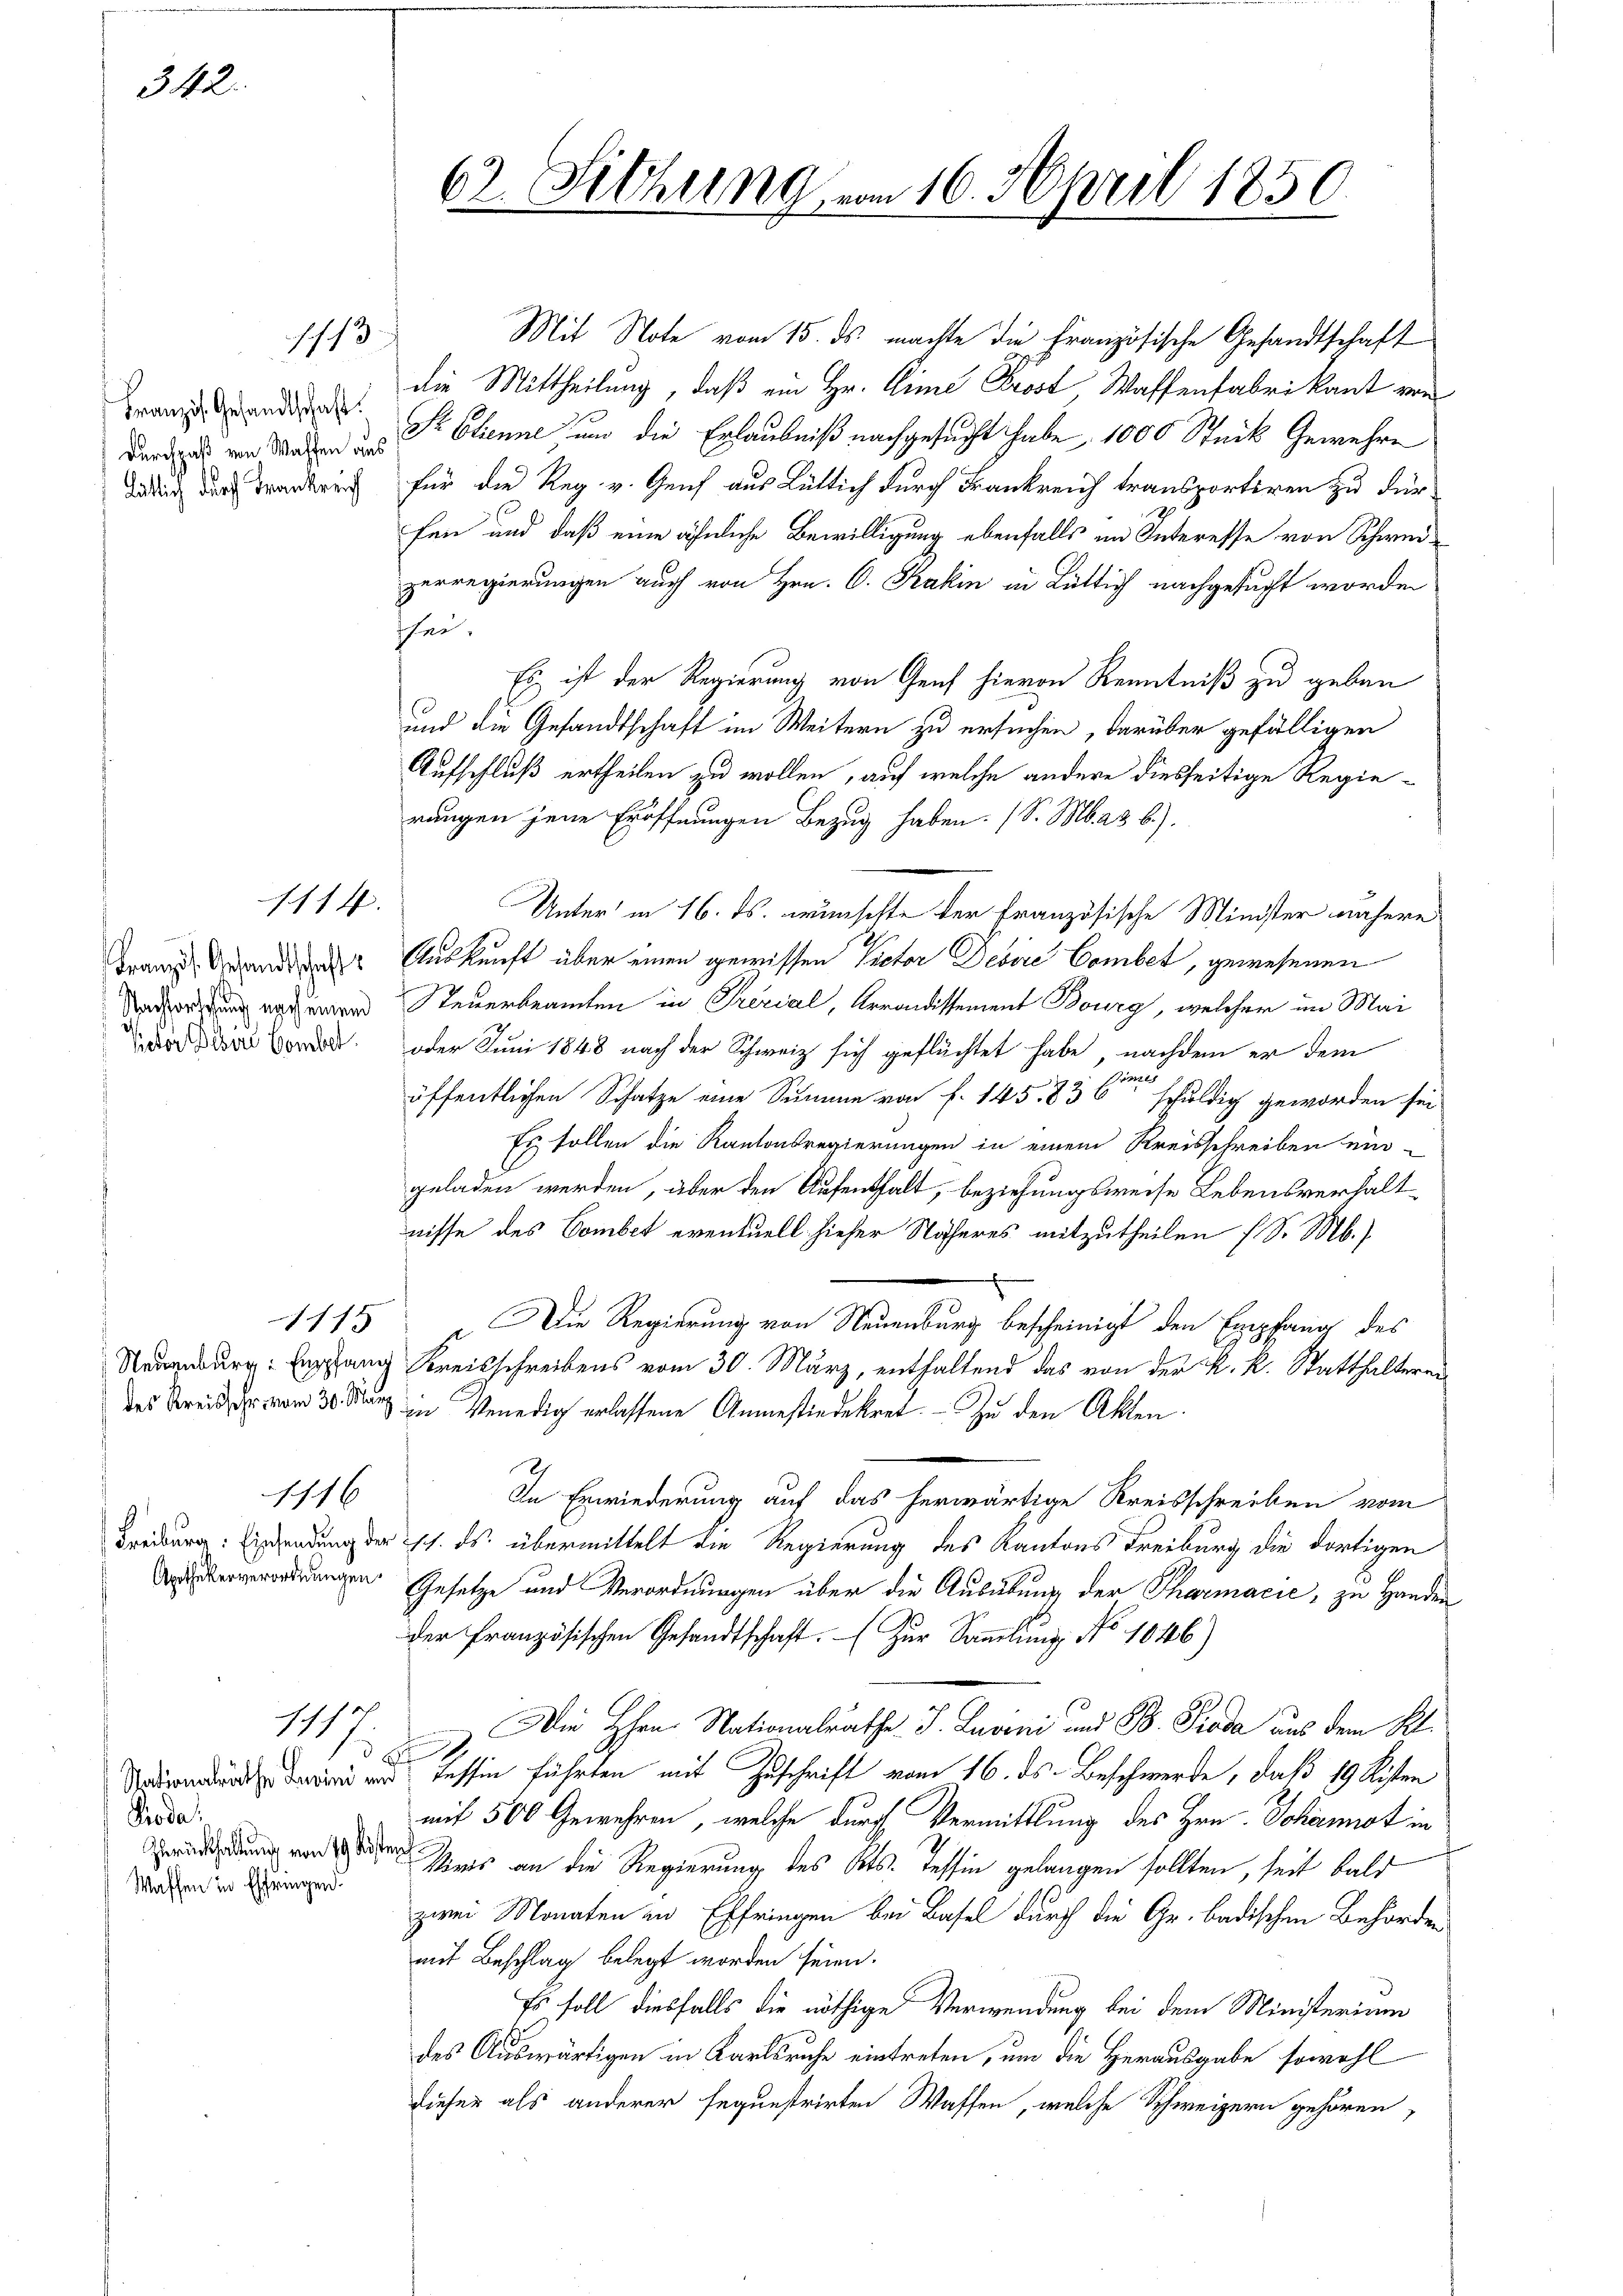
342.

Französ. Gesandtschaft.
hätlich durch Frankreich

1114.

Französ. Gesandtschafts
Victor Bibire bomber.

ch 1/3.

1115

16

1117.
Pioda.
Wassen in Effringen.

62. Sitzung vom 16. April 1850.

Mit Note vom 15. ds. machte die Französische Gesandtschaft
die Mittheilung, daß ein Hr. Aine Prost, Waffenfabrikant von
dardus von Walten des Sr. Etienne und die Erlaubniß nachgesucht habe, 1000 Stück Gewehre
für die Reg. v. Genf aus Lütlich durch Frankreich transportiren zu dür
fen und daß eine ähnliche Bewilligung ebenfalls im Interesse von Schweizerregierungen auch von Hrn. C. Kakin in Büttig nachgesucht worden
sher
Es ist der Regierung von Genf hievon Kenntniß zu geben
und die Gesandtschaft im Weitern zu ersuchen, darüber gefälligen
Aufschluß ertheilen zu wollen, auf welche andere diesseitige Regierungen jene Eröffnungen Bezug haben. (S. M. 23. b.).
Unter in 16. ds. wünschte der französische Minister nähere
Auskunft über einen gewissen Victor Desire Combet, gewesenen
Sacherung erthener Steuerbeamten in Serial, Arrondissement Bourg, welcher im Mai
oder Juni 1848 nach der Schweiz sich geflüchtet habe, nachdem er dem
2
öffentlichen Schatze eine Summe von f. 145. 836 schuldig geworden sei
Es sollen die Kantonsregierungen in einem Kreisschreiben ein-
geladen werden, über den Aufenthalt, beziehungsweise Lebensverhalt
nisse des Combet eventuell hieher Näheres mitzutheilen (S. Mb.)
Die Regierung von Neuenburg bescheinigt den Empfang des
Neuenburg: Empfang Kreisschreibens vom 30. März, enthaltend das von der k. k. Statthaltereides Kreisschr. vom 30. März in Venedig erlassene Anmestindekret. Zu den Akten
In Erwiederung auf das herwärtige Kreisschreiben vom
Freiburg: Einsendung der sch. ds. übermittelt die Regierung des Kantons Freiburg die dortigen
erverordnungen Gesetze und Verordnungen über die Ausübung der Tharmačić, zu Handen
der Französischen Gesandtschaft. Zur Sammlung No 1046)
Die Hrn. Nationalrathe P. Luvini und B. Pioda aus dem Kl.
b
 essin führten mit Zuschrift vom 16. ds. Beschwerde, daß 19 Risten
mit 500 Gewehren, welche durch Vermittlung des Hrn. Johannot in
 es an die Regierung des Kts. Tessin gelangen sollten, seit bald
zwei Monaten in Effringen bei Basel durch die Gr. badischen Behörden
mit Beschlag belegt worden seien.
Es soll diesfalls die nöthige Verwendung bei dem Ministerium
des Auswärtigen in Karlsruhe eintreten, um die Herausgabe sowohl
dieser als anderer seguestrirten Waffen, welche Schweizern gehören,